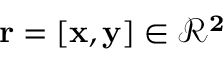
\bf { r } = [ x , y ] \in \mathcal { R } ^ { 2 }